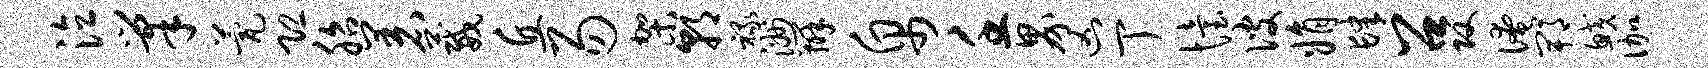
泣巢甍恐胎着葳丘易架朝禄洲辨帛壬界凶丁怡彼娟肆召攻淹郫鲛伽